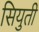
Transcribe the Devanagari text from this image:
सियुती